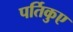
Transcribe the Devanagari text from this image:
पर्तिकुए